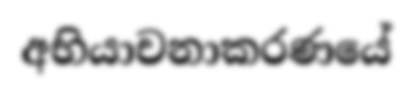
අභියාචනාකරණයේ